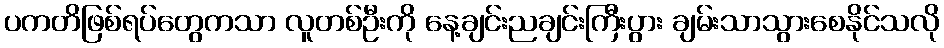
ပကတိဖြစ်ရပ်တွေကသာ လူတစ်ဦးကို နေ့ချင်းညချင်းကြီးပွား ချမ်းသာသွားစေနိုင်သလို